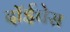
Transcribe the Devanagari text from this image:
दॉईचेस